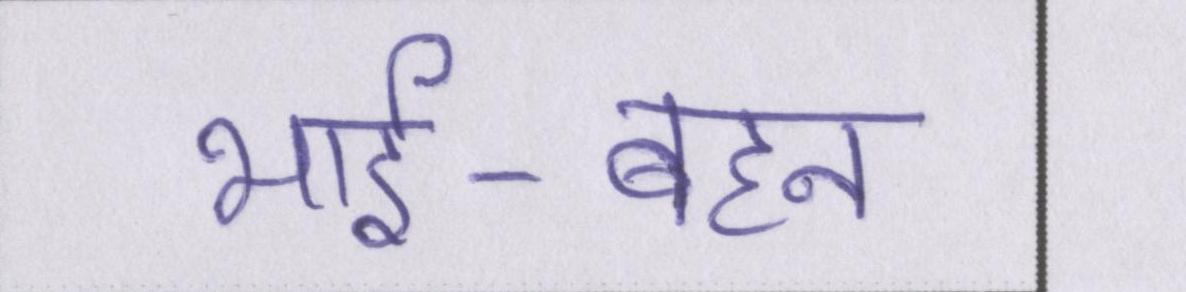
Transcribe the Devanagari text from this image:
भाई-बहन